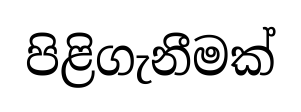
පිළිගැනීමක්